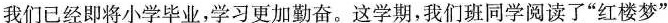
我们已经即将小学毕业，学习更加勤奋。这学期，我们班同学阅读了"红楼梦”